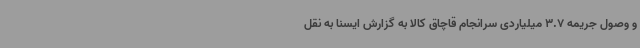
و وصول جریمه 3.7 میلیاردی سرانجام قاچاق کالا به گزارش ایسنا به نقل